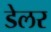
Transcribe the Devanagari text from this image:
डेलर